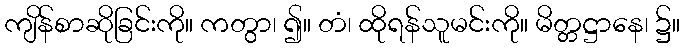
ကျိန်စာဆိုခြင်းကို။ ကတွာ၊ ၍။ တံ၊ ထိုရန်သူမင်းကို။ မိတ္တဋ္ဌာနေ၊ ၌။